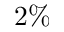
2 \%